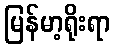
မြန်မာ့ရိုးရာ